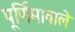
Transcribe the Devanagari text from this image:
पूर्णिमावाले